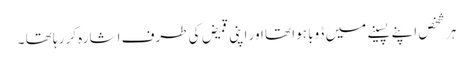
ہر شخص اپنے پسینے میں ڈوبا ہوا تھا اور اپنی قمیض کی طرف اشارہ کر رہا تھا ۔